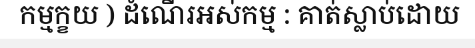
កម្មក្ខយ ) ដំណើរអស់កម្ម : គាត់ស្លាប់ដោយ